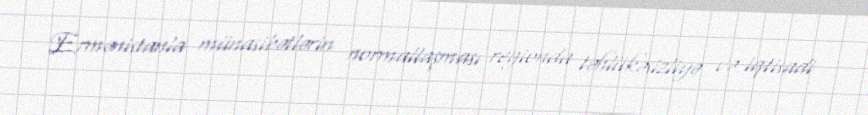
Ermənistanla münasibətlərin normallaşması regionda təhlükəsizliyə və iqtisadi